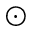
_ { \odot }